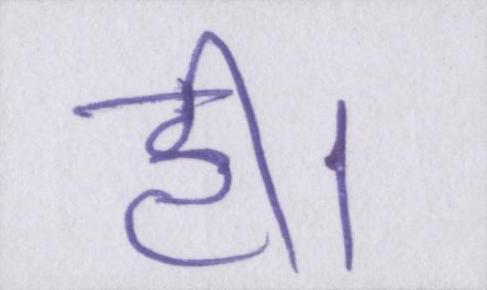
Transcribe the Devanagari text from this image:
ही।